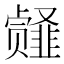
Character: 𱂎